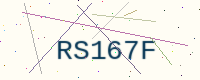
Text: RS167F